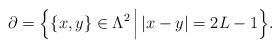
LaTeX: \begin{align*}\partial=\Big\{\{x, y\}\in \Lambda^2\, \Big|\, |x-y|=2L-1 \Big\}.\end{align*}